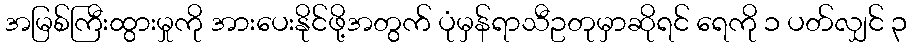
အမြစ်ကြီးထွားမှုကို အားပေးနိုင်ဖို့အတွက် ပုံမှန်ရာသီဥတုမှာဆိုရင် ရေကို ၁ ပတ်လျှင် ၃